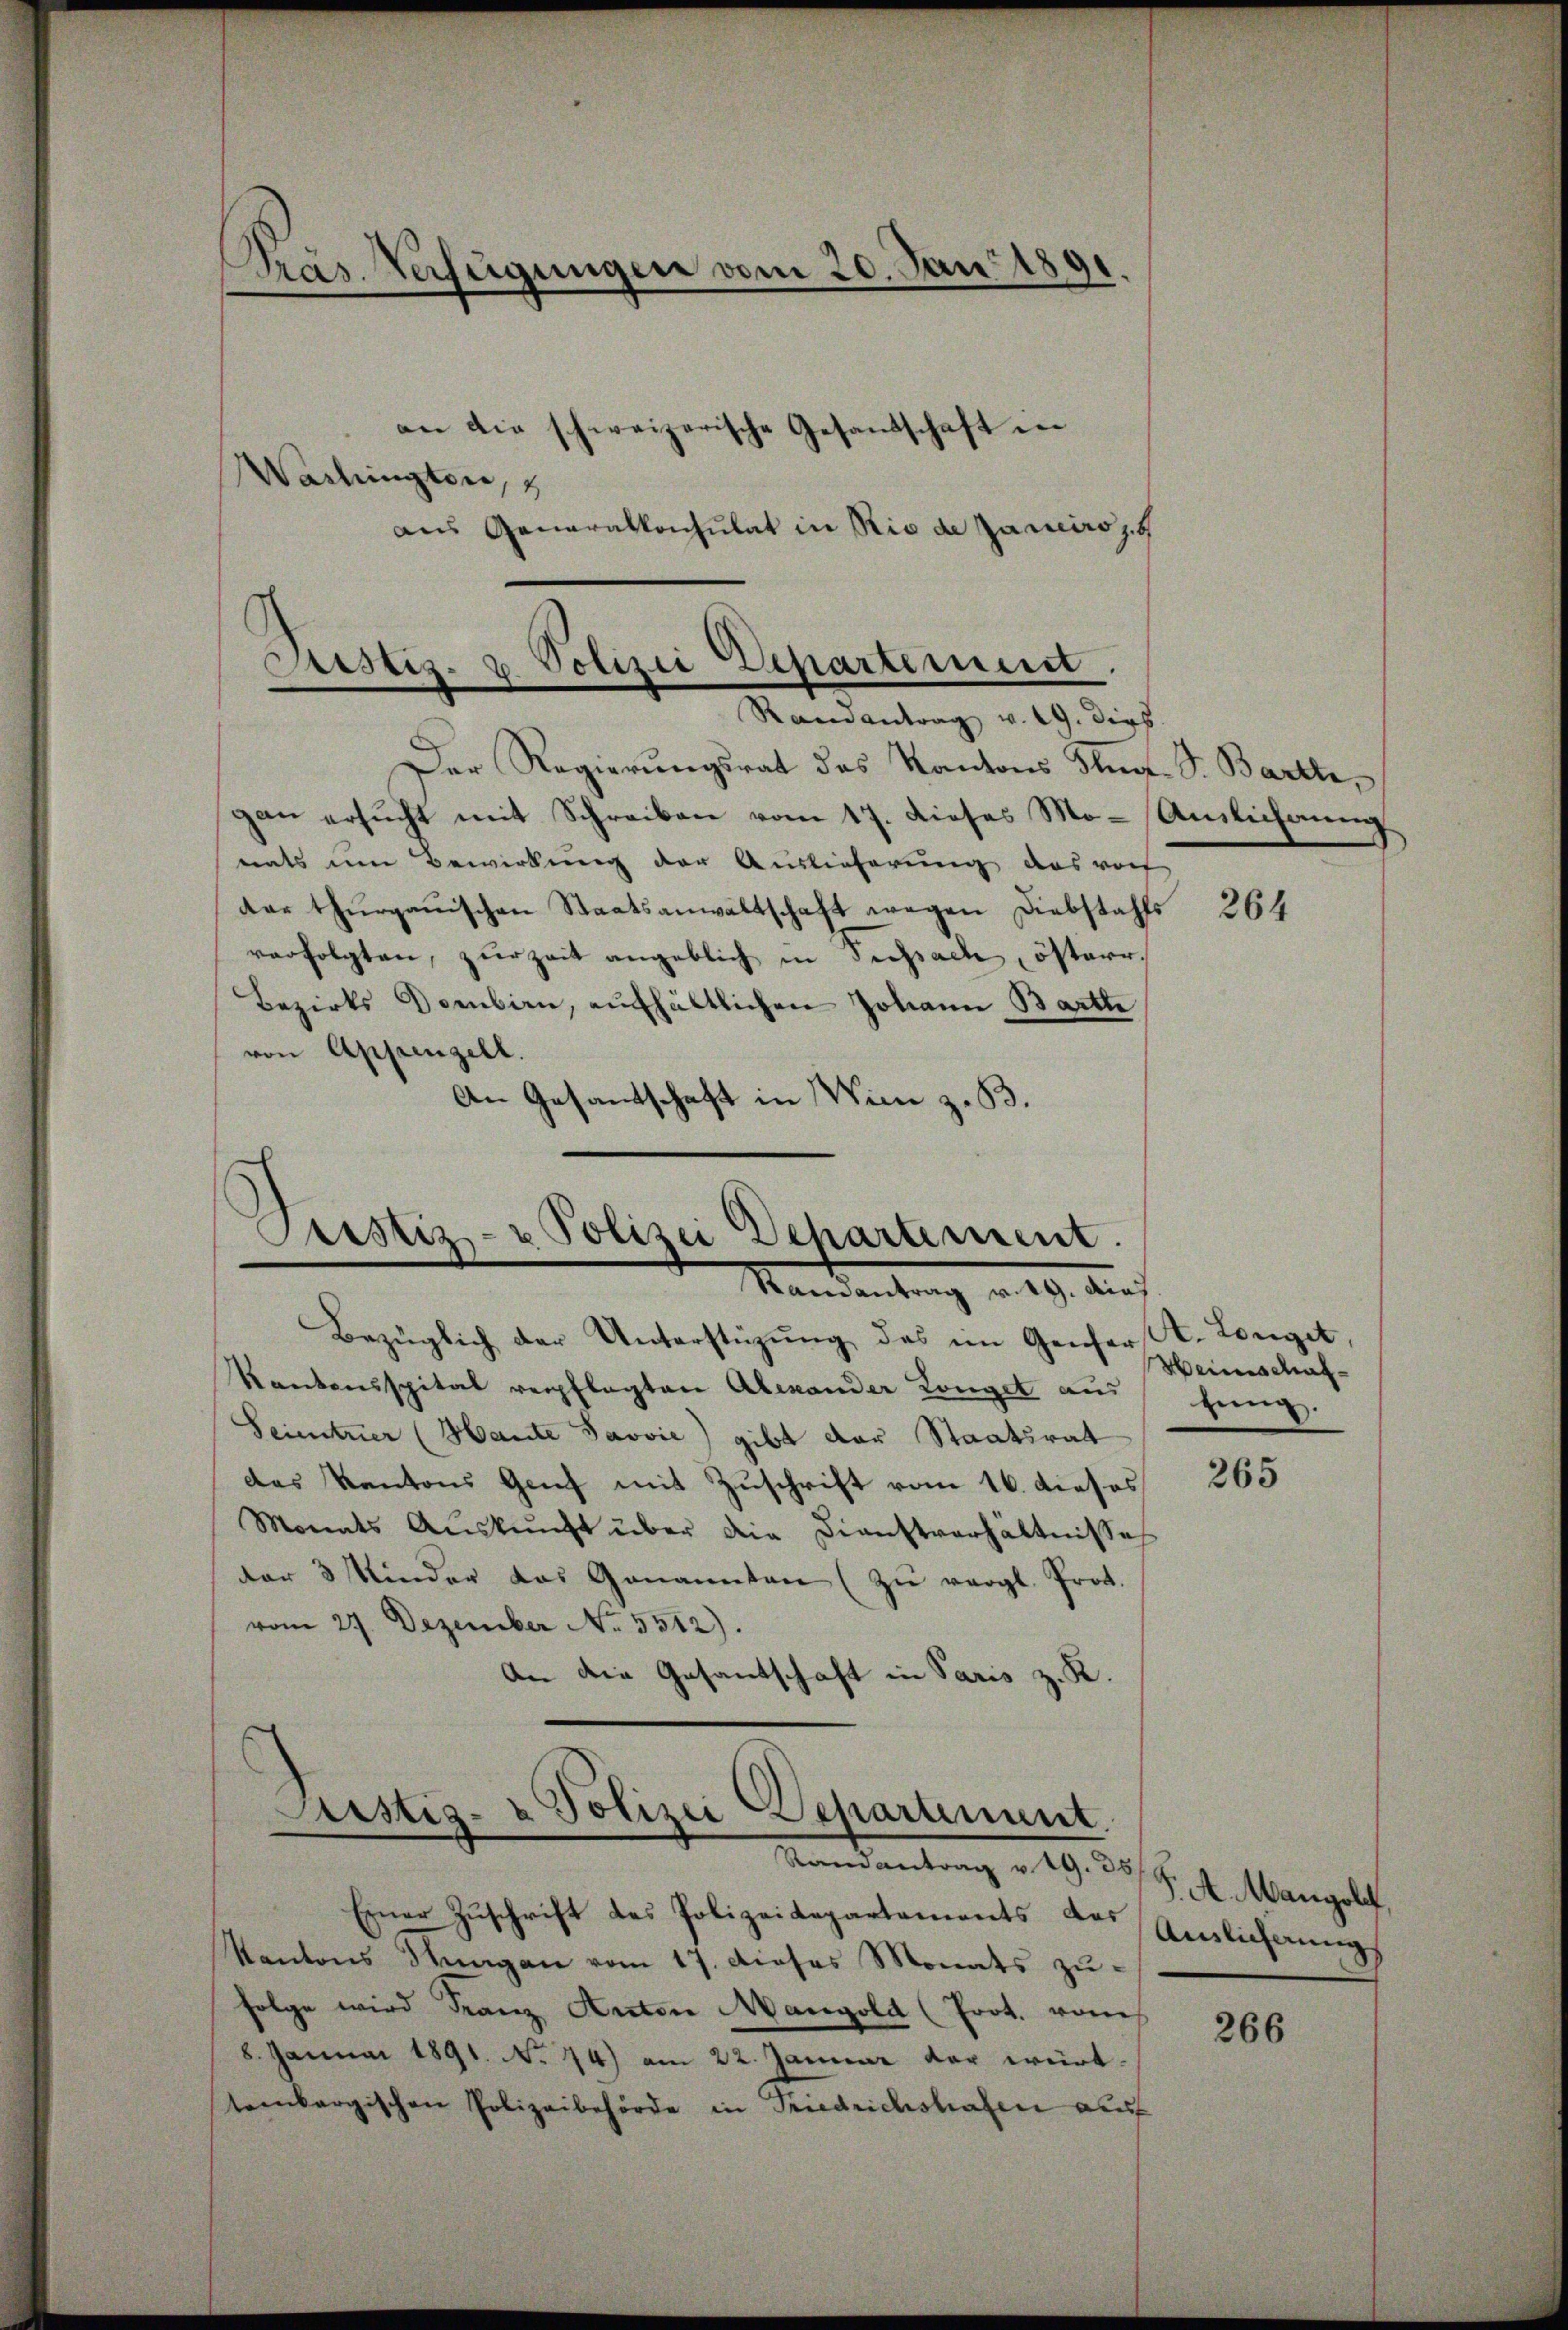
Präs. Verfügungen vom 20. Juni 1891.
an die schweizerische Gesandschaft in
Washingten,
aus Generalkonsulat in Rio de parciro,

Sistis. u. Polizei Departement.
.
n
Ramantrag v. 19. dies

Der Regierungsrat des Kantons Steg. S. Barth,
gan ersucht mit Schreiben vom 17. dieses Mo-Amlichung
nats um Bewirkung der Auslieferung aus vor
der thurgauischen Staatsanwaltschaft wegen Diebstahls
verfolgten, zur Zeit angeblich in Terpach österr.
Bezirks Dombirn, aufhältlichen Johann Bartle
von Appenzell.
An Gesandtschaft in Wien z. B.

Custiz- u Polizei Departement.
Randantrag v. 29. Auf

Justiz- & Polizei Departement.
Ramantrag v. 19. 35

Bezüglich der Unterstüzung des im Genfer St. Longet,
Kantonsspital verpflegten Alexander Kongel aus fung.
Seitner (Hante Javvie) gibt der Staatsrat
das Kantons Genf mit Zuschrift vom 16. dieses
Monats Aŭskŭnft über die Dienstverhältnisse
der 3 Kinder das Genannten (zŭ vergl. Prot.
vom 27. Dezember No. 5312).
An die Gesandschaft in Paris z. R.

Einer Zuschrift des Polizeidepartements der Verlicherungs
Kantons Stangen vom 17. dieses Monats zu-
Folge wird Franz Anton Mangold (Prot. vom
8. Januar 1891. No. 74) am 22. Januar der württembergischen Polizeibehörde in Friedrichshagen auf

264

Weinschaf¬

265

. A. Mangolf,

266